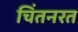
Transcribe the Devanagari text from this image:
चिंतनरत